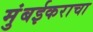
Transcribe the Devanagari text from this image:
मुंबईकराचा